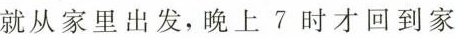
就从家里出发，晚上7时才回到家